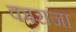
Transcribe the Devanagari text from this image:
काराजा